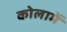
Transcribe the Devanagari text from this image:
कोलामें